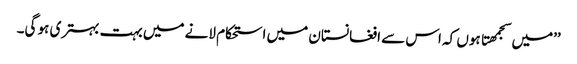
’’میں سجمھتا ہوں کہ اس سے افغانستان میں استحکام لانے میں بہت بہتری ہو گی۔